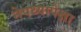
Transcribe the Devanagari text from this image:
नेपथ्यापेक्षा